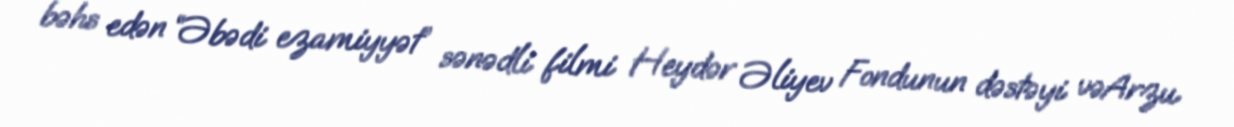
bəhs edən “Əbədi ezamiyyət” sənədli filmi Heydər Əliyev Fondunun dəstəyi vəArzu